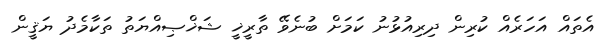
އެތައް އަހަރެއް ކުރިން ދިރިއުޅުނު ކަމަށް ބުނެވޭ ތާރީޚީ ޝަޚްޞިއްޔަތު ތަކާމެދު ޔަޤީން